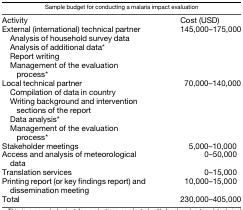
<table><thead><tr><td colspan="2"><b>Sample budget for conducting a malaria impact evaluation</b></td></tr></thead><tbody><tr><td>Activity</td><td>Cost (USD)</td></tr><tr><td>External (international) technical partner</td><td rowspan="5">145,000–175,000</td></tr><tr><td> Analysis of household survey data</td></tr><tr><td> Analysis of additional data*</td></tr><tr><td> Report writing</td></tr><tr><td> Management of the evaluation process*</td></tr><tr><td>Local technical partner</td><td rowspan="5">70,000–140,000</td></tr><tr><td> Compilation of data in country</td></tr><tr><td> Writing background and intervention sections of the report</td></tr><tr><td> Data analysis*</td></tr><tr><td> Management of the evaluation process*</td></tr><tr><td>Stakeholder meetings</td><td>5,000–10,000</td></tr><tr><td>Access and analysis of meteorological data</td><td>0–50,000</td></tr><tr><td>Translation services</td><td>0–15,000</td></tr><tr><td>Printing report (or key findings report) and dissemination meeting</td><td>10,000–15,000</td></tr><tr><td>Total</td><td>230,000–405,000</td></tr></tbody></table>